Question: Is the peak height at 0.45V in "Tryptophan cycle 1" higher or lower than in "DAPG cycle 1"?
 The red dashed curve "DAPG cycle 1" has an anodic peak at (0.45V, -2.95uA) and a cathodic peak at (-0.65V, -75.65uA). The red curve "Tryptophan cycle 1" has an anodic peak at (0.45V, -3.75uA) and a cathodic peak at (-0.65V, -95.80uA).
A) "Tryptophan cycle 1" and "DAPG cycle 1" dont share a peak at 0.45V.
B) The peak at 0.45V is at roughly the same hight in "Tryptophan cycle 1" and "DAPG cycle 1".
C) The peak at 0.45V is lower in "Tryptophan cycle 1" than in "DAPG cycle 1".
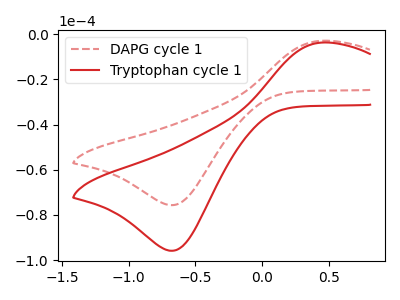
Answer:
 <answer>C) The peak at 0.45V is lower in "Tryptophan cycle 1" than in "DAPG cycle 1".</answer>
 <eval>C</eval>